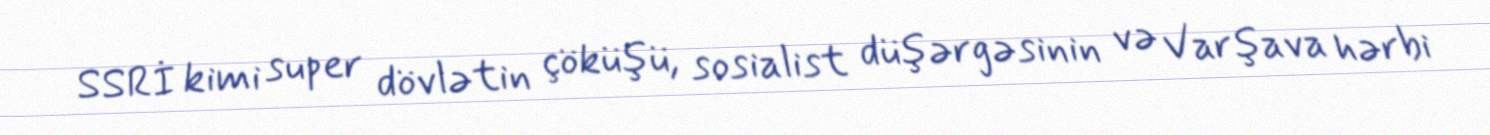
SSRİ kimi super dövlətin çöküşü, sosialist düşərgəsinin və Varşava hərbi